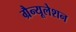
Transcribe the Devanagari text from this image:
ग्रैन्यूलेशन